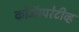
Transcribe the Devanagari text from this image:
कोऑपरेटीव्ह